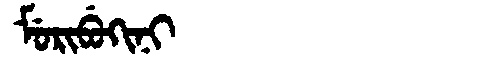
Manchu: ᠮᡠᡵᡳᠪᡠᡴᡳᠨᡳ
Romanization: MURIBUKINI